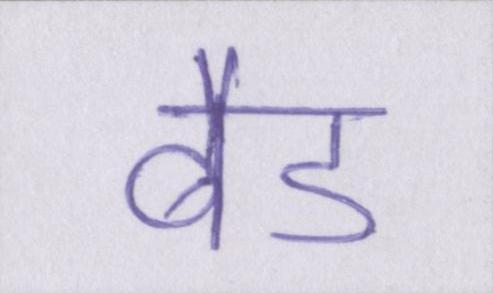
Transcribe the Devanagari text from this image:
बैड